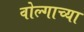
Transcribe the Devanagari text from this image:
वोल्गाच्या